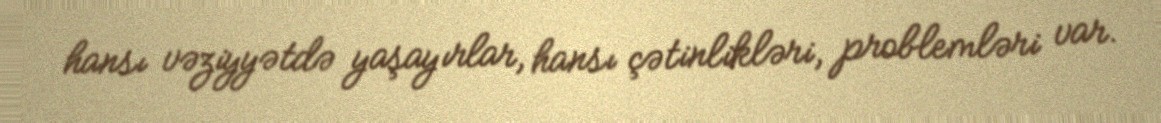
hansı vəziyyətdə yaşayırlar, hansı çətinlikləri, problemləri var.